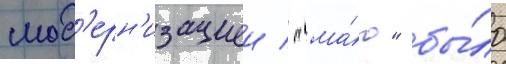
мод'ерн'изациеи / "ма́ю" бы́ло